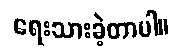
ရေးသားခဲ့တာပါ။